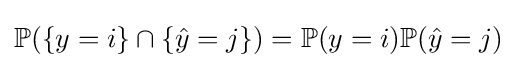
\mathbb {P} (\{y=i\}\cap \{{\hat {y}}=j\})=\mathbb {P} (y=i)\mathbb {P} ({\hat {y}}=j)